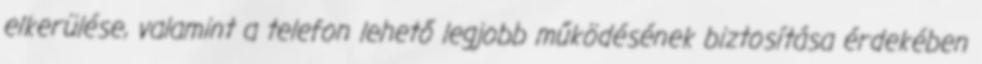
elkerülése, valamint a telefon lehető legjobb működésének biztosítása érdekében